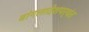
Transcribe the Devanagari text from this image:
बांगलादेशपर्यंत